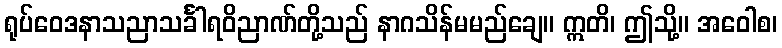
ရုပ်ဝေဒနာသညာသင်္ခါရဝိညာဏ်တို့သည် နာဂသိန်မမည်ချေ။ ဣတိ၊ ဤသို့။ အဝေါစ၊